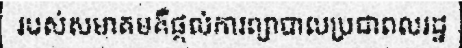
របស់សមាគមគឺផ្តល់ការព្យាបាលប្រជាពលរដ្ឋ